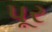
પૂર